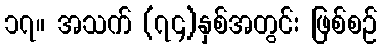
၁၇။ အသက် (၇၄)နှစ်အတွင်း ဖြစ်စဉ်